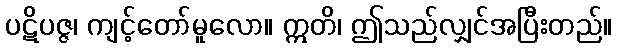
ပဋိပဇ္ဇ၊ ကျင့်တော်မူလော။ ဣတိ၊ ဤသည်လျှင်အပြီးတည်။